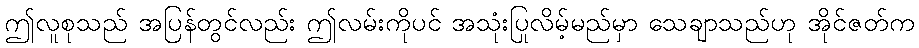
ဤလူစုသည် အပြန်တွင်လည်း ဤလမ်းကိုပင် အသုံးပြုလိမ့်မည်မှာ သေချာသည်ဟု အိုင်ဇတ်က